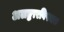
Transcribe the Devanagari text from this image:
अलङ्कारविषयक